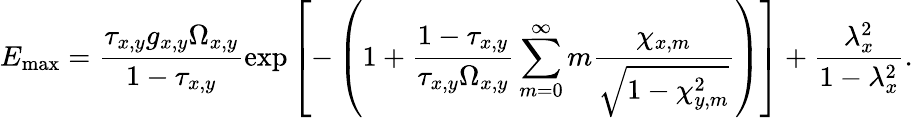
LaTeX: E_{\mathrm{max}}=\frac{\tau_{x,y}g_{x,y}\Omega_{x,y}}{1-\tau_{x,y}}\exp\left[-\left(1+\frac{1-\tau_{x,y}}{\tau_{x,y}\Omega_{x,y}}\sum_{m=0}^{\infty}m\frac{\chi_{x,m}}{\sqrt{1-\chi_{y,m}^{2}}}\right)\right]+\frac{\lambda_{x}^{2}}{1-\lambda_{x}^{2}}.